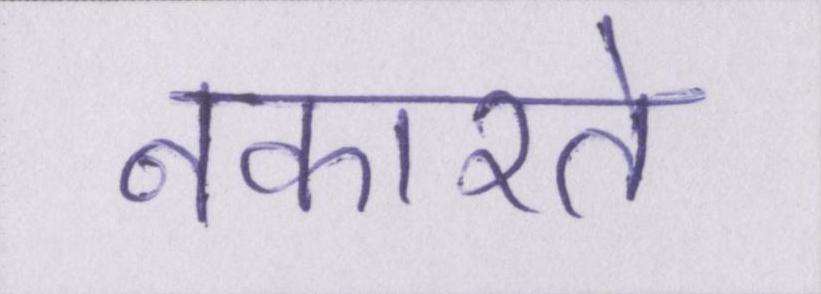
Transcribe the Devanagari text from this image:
नकारते